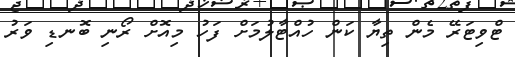
ޓްވިޓަރޭ މެން ތިޔާ ކަން ހުއްޓާލުމަށް ފަހު މިއޮށް ރޯނި ބޮނޑި ވަރު